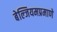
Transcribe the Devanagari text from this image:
बेल्जियमप्रमाणे